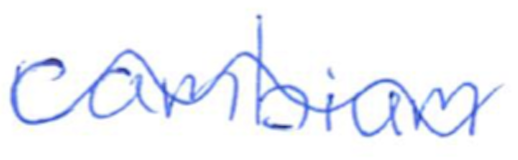
Text: cambium
Cross-out: mix
Writing tool: ballpoint